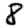
Digit: 8